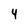
Character: 4